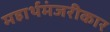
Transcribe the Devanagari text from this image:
महार्थमंजरीकार